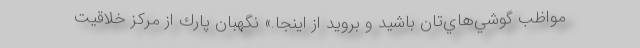
مواظب گوشي‌هاي‌تان باشيد و برويد از اينجا.» نگهبان پارك از مركز خلاقيت